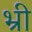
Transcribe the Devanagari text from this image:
भ्री